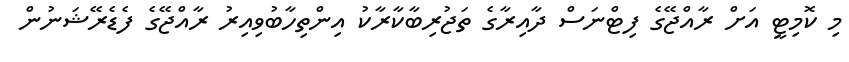
މި ކޮމިޓީ އަށް ރާއްޖޭގެ ފިޓްނަސް ދާއިރާގެ ތަޖުރިބާކާރާކު އިންތިހާބުވިއިރު ރާއްޖޭގެ ފެޑެރޭޝަނުން